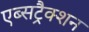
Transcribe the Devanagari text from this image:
एब्सट्रैक्शन